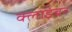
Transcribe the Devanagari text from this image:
क्लाइंबर